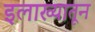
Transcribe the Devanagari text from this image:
इलाख्यातून